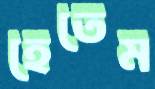
হেতেম